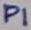
Text: P1